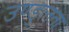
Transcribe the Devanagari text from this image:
उण्डुलता